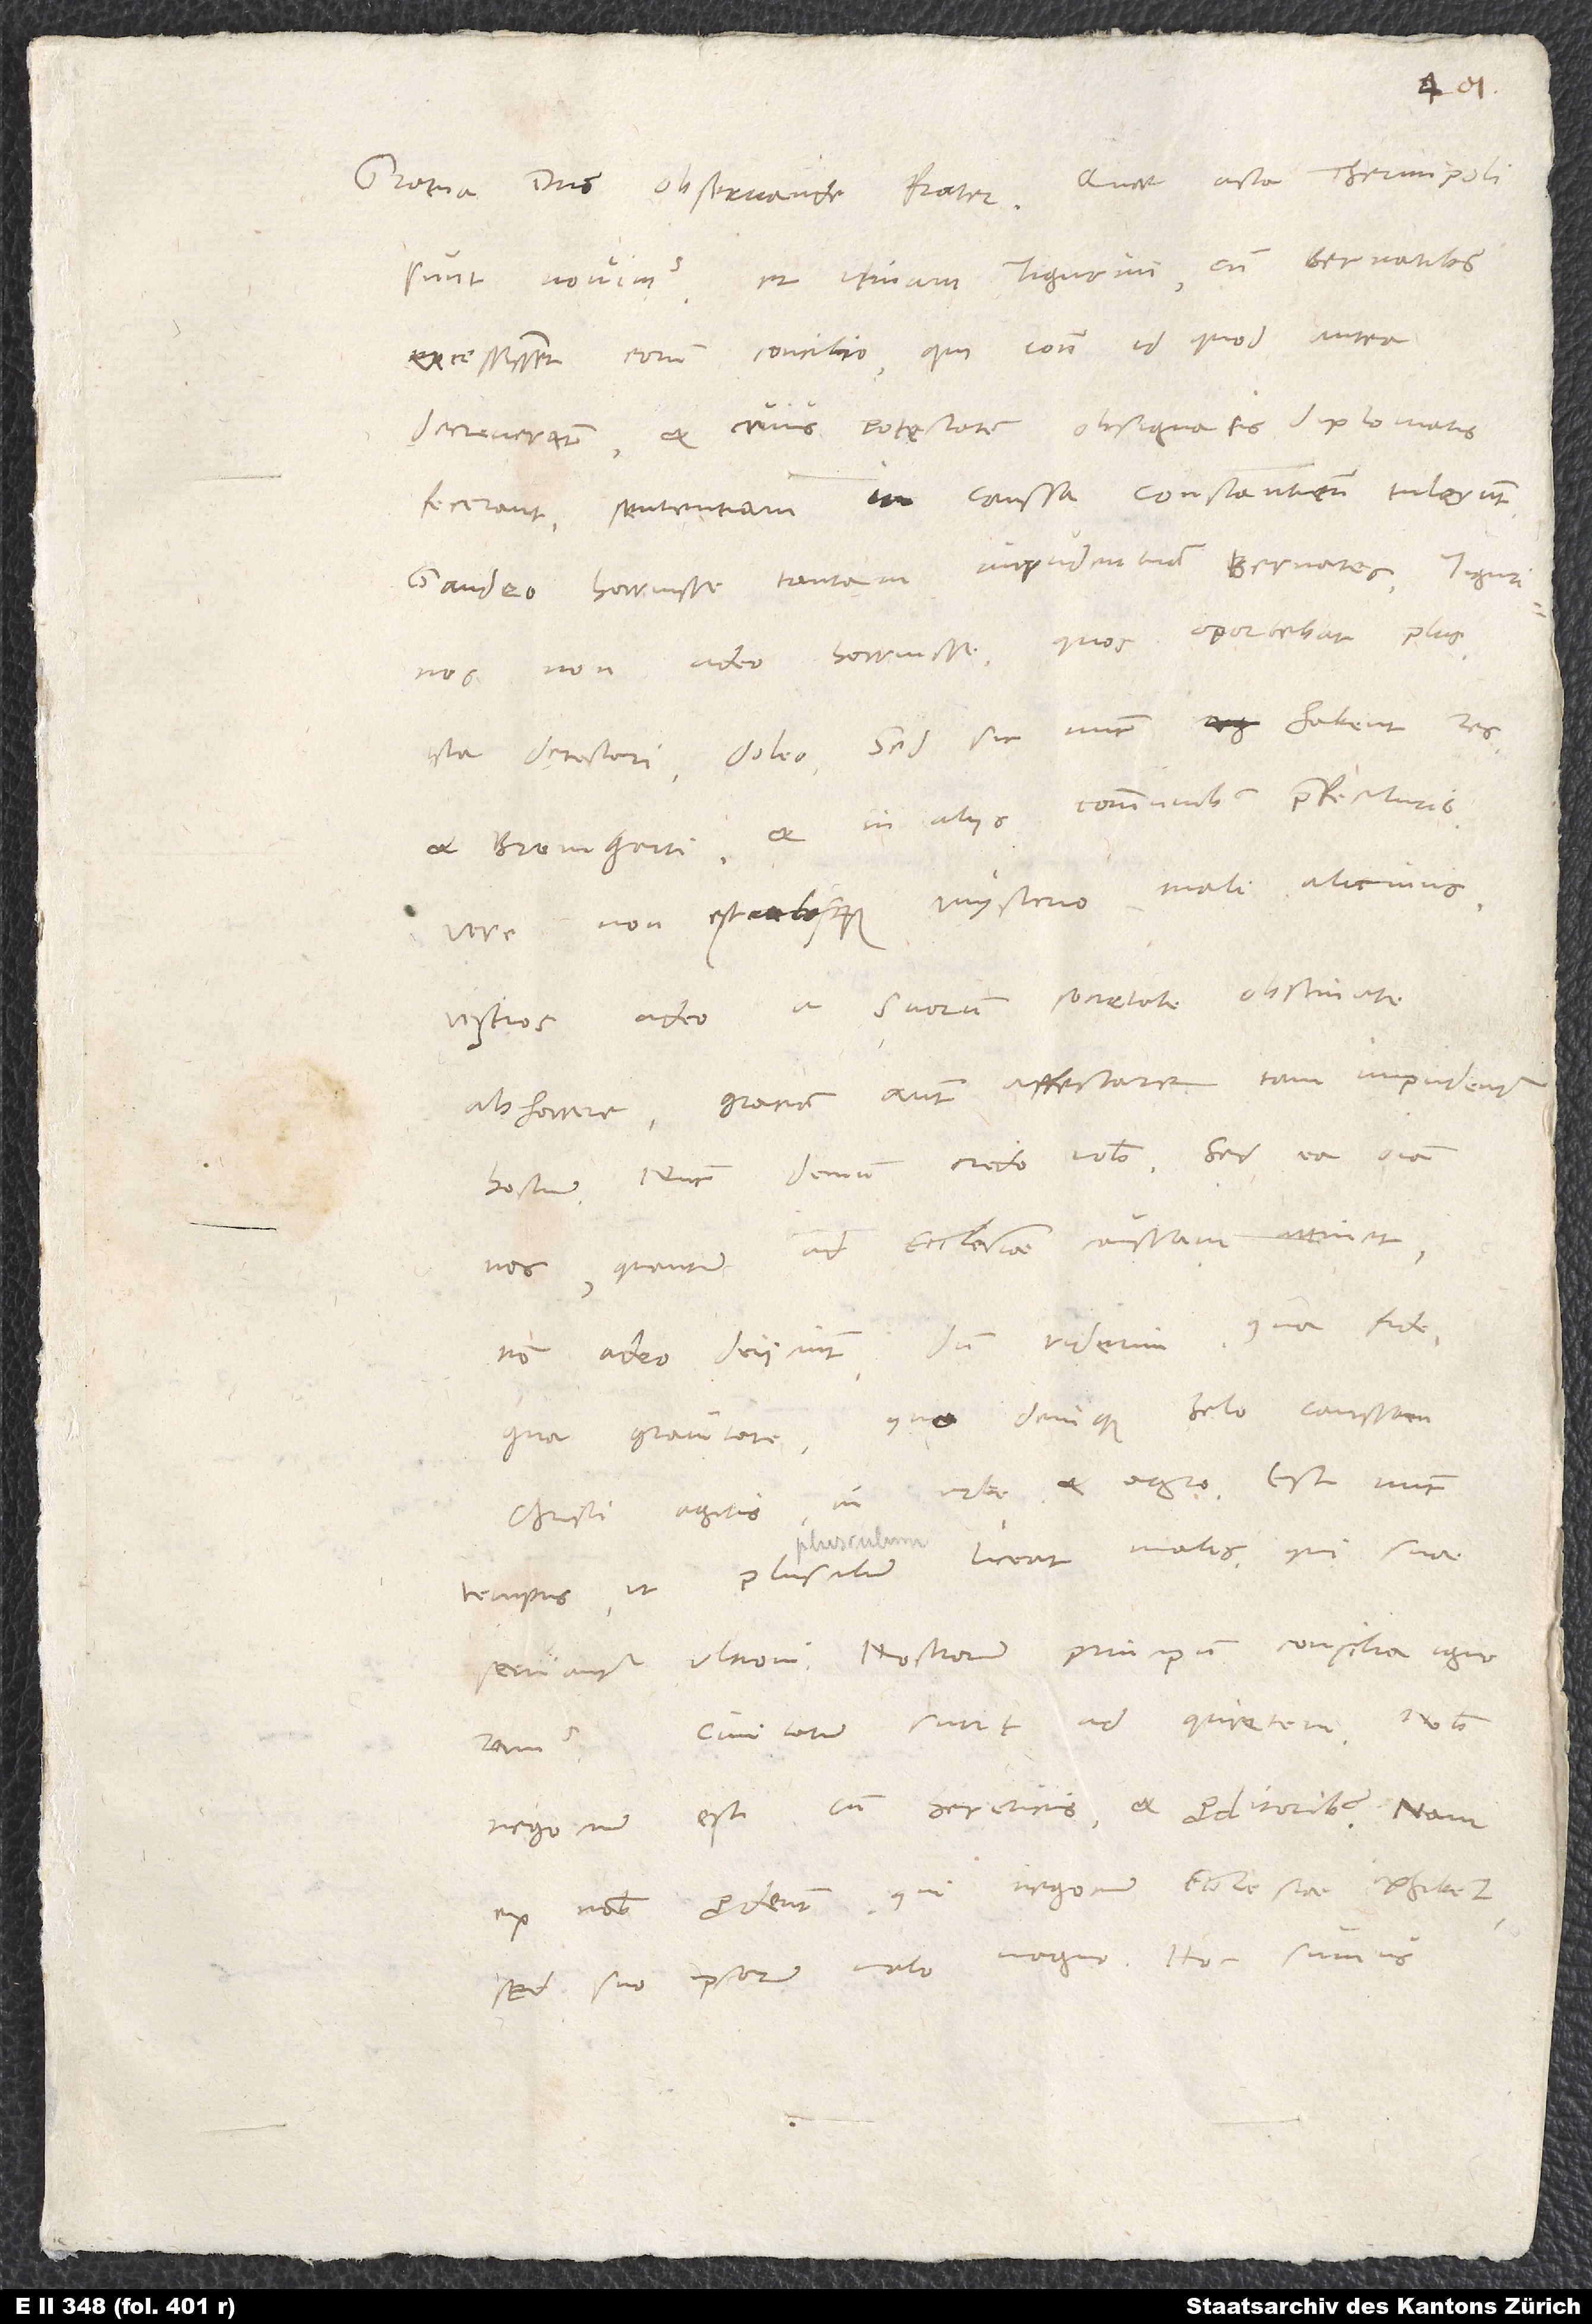
sunt, novimus, et utinam Tigurini cum Bernatibus
excessissent eorum concilio, qui contra id, quod antea
decreverant et cuius potestatem obsignatis diplomatis
fecerant, sententiam in caussa Constantiensium tulerunt.
Gaudeo horruisse tantam impudentiam Bernates. Tigurinos
non adeo horruisse, quos oportebat plus
ista detestari, doleo. Sed sic nunc habent res
et Bremgarti et in aliis communibus praefecturis.
Vere non est absque mysterio mali alicuius
vestros adeo a suorum societate obstinate
abhorrere, gratiam autem affectare tam impudenter
hostium. Nunc demum credo vobis. Sed ea omnia
nos, quantum ad ecclesiae caussam attinet,
non adeo deiiciunt, dum viderim, qua fide,
qua gravitate, quo denique zelo caussam
Christi agitis in urbe et agro. Est nunc
tempus, ut plusculum liceat malis, qui suae
civitatum sunt ad quietem? Nobis
negocium est cum hereticis et proditoribus. Nam
ex nobis prodeunt, qui negocium ecclesiae exhibent,
sed suo ipsorum malo magno. Hoc sumus